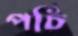
পচি